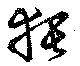
猥